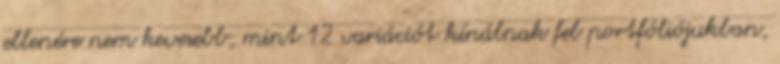
ellenére nem kevesebb, mint 12 variációt kínálnak fel portfóliójukban,